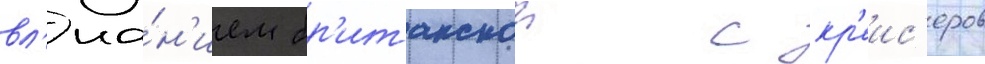
вл'иа́н'ием бр'итанскои с кр'еис'еров